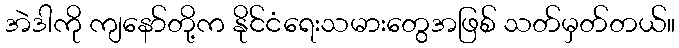
အဲဒါကို ကျနော်တို့က နိုင်ငံရေးသမားတွေအဖြစ် သတ်မှတ်တယ်။